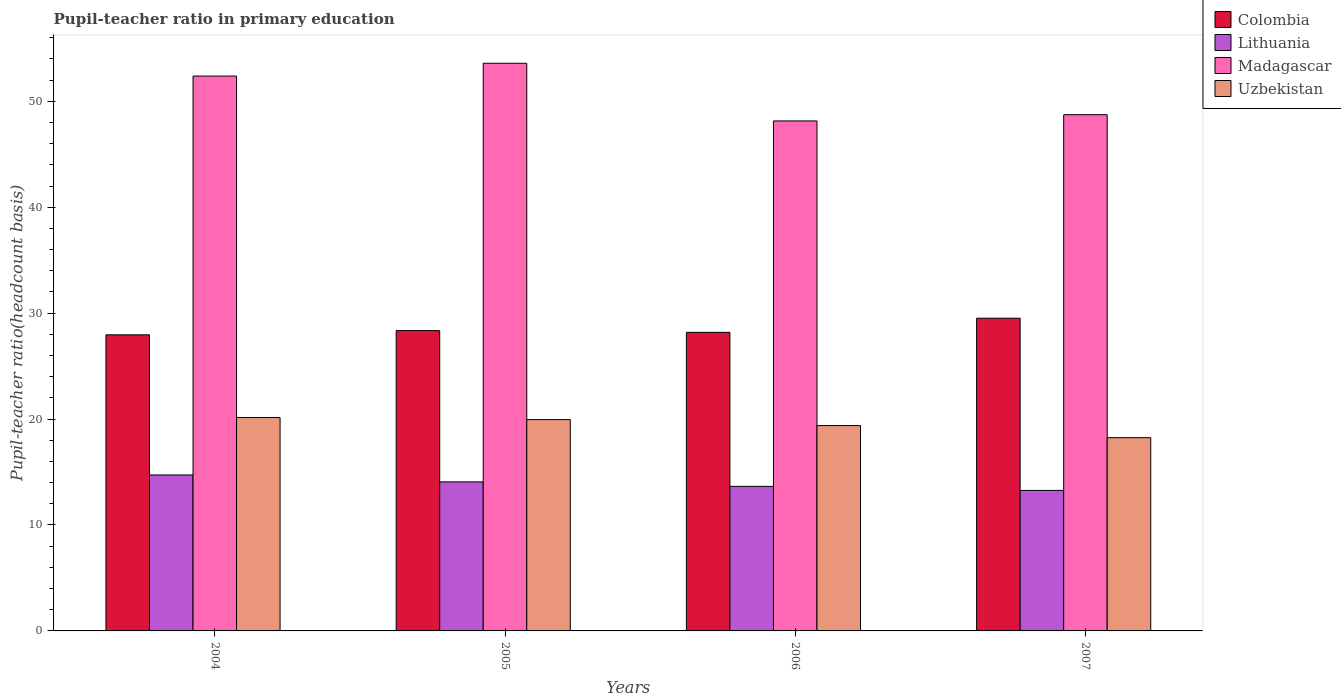
| Years | Colombia | Lithuania | Madagascar | Uzbekistan |
 | --- | --- | --- | --- | --- |
 | 2004 | 28 | 14.7 | 52.4 | 20.1 |
 | 2005 | 28.3 | 14.1 | 53.6 | 19.9 |
 | 2006 | 28.2 | 13.6 | 48.1 | 19.4 |
 | 2007 | 29.5 | 13.3 | 48.7 | 18.2 |